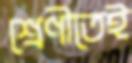
শ্রেণীতেই